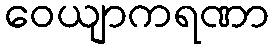
ဝေယျာကရဏာ